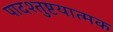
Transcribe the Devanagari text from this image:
पादश्तुष्टयात्मक